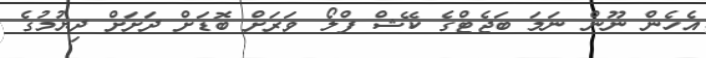
އެހެން ނޫން ނަމަ ބަޖެޓްގެ ކޭޝް ފްލޯ ވަރަށް ބޮޑަށް ދަށަށް ދިޔުމުގެ